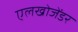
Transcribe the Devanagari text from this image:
एलखोजेंडर